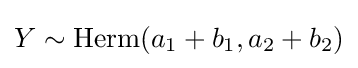
Y\sim \operatorname {Herm} (a_{1}+b_{1},a_{2}+b_{2})